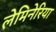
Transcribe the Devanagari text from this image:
लेमिनेरिया